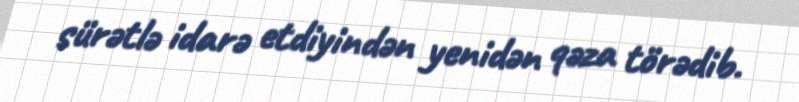
sürətlə idarə etdiyindən yenidən qəza törədib.